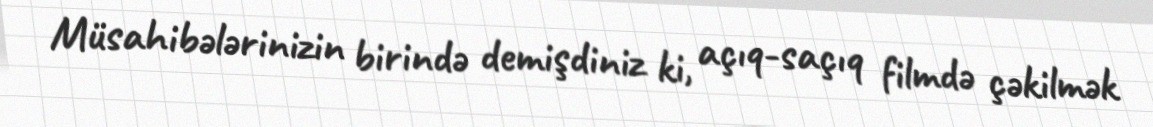
Müsahibələrinizin birində demişdiniz ki, açıq-saçıq filmdə çəkilmək